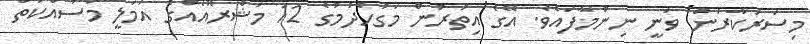
މިސަރުކާރުން ވަނީ ނިންމާފައެވެ. އޭގެ އިތުރުން މަގުހެދުމުގެ 12 މަޝްރޫއެއްގެ އަމަލީ މަސައްކަތް